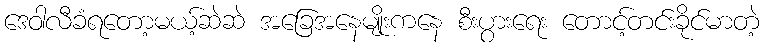
ဒေဝါလီခံရတော့မယ့်ဆဲဆဲ အခြေအနေမျိုးကနေ စီးပွားရေး တောင့်တင်းခိုင်မာတဲ့